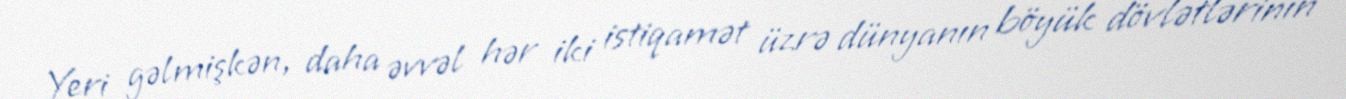
Yeri gəlmişkən, daha əvvəl hər iki istiqamət üzrə dünyanın böyük dövlətlərinin